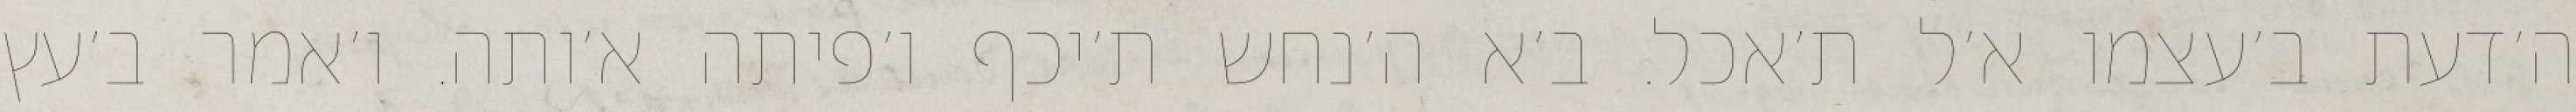
ה׳דעת ב׳עצמו א׳ל ת׳אכל. ב׳א ה׳נחש ת׳יכף ו׳פיתה א׳ותה. ו׳אמר ב׳עץ